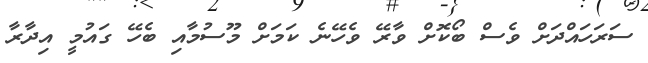
ސަރަހައްދަށް ވެސް ބޯކޮށް ވާރޭ ވެހޭނެ ކަމަށް މޫސުމާއި ބެހޭ ގައުމީ އިދާރާ